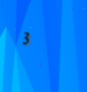
3